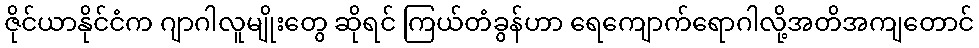
ဇိုင်ယာနိုင်ငံက ဂျာဂါလူမျိုးတွေ ဆိုရင် ကြယ်တံခွန်ဟာ ရေကျောက်ရောဂါလို့အတိအကျတောင်